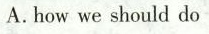
A.how we should do